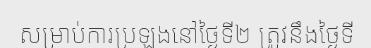
សម្រាប់ការប្រឡងនៅថ្ងៃទី២ ត្រូវនឹងថ្ងៃទី